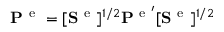
\begin{array} { r } { \mathbf { P } ^ { \mathrm { ~ e ~ } } = [ \mathbf { S } ^ { \mathrm { ~ e ~ } } ] ^ { 1 / 2 } \mathbf { P } ^ { \mathrm { ~ e ~ } ^ { \prime } } [ \mathbf { S } ^ { \mathrm { ~ e ~ } } ] ^ { 1 / 2 } } \end{array}